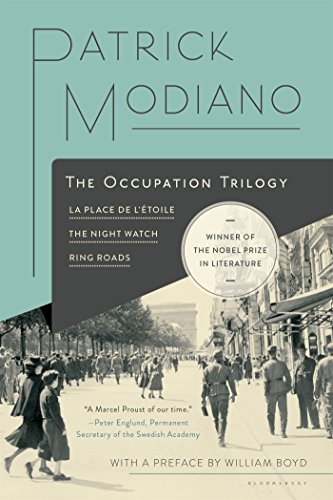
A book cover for The Occupation Trilogy: La Place de l'ÃEtoile - The Night Watch - Ring Roads; Patrick Modiano; Literature & Fiction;